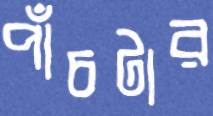
পাঁচটার